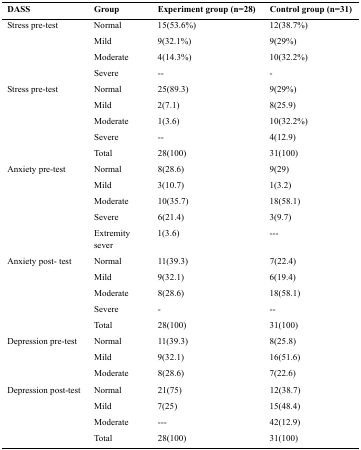
| DASS | Group | Experiment group (n=28) | Control group (n=31) |
 | --- | --- | --- | --- |
 | <ROWSPAN=4> Stress pre-test | Normal | 15(53.6%) | 12(38.7%) |
 | Mild | 9(32.1%) | 9(29%) |
 | Moderate | 4(14.3%) | 10(32.2%) |
 | Severe | -- | - |
 | <ROWSPAN=5> Stress pre-test | Normal | 25(89.3) | 9(29%) |
 | Mild | 2(7.1) | 8(25.9) |
 | Moderate | 1(3.6) | 10(32.2%) |
 | Severe | -- | 4(12.9) |
 | Total | 28(100) | 31(100) |
 | <ROWSPAN=5> Anxiety pre-test | Normal | 8(28.6) | 9(29) |
 | Mild | 3(10.7) | 1(3.2) |
 | Moderate | 10(35.7) | 18(58.1) |
 | Severe | 6(21.4) | 3(9.7) |
 | Extremity sever | 1(3.6) | --- |
 | <ROWSPAN=5> Anxiety post- test | Normal | 11(39.3) | 7(22.4) |
 | Mild | 9(32.1) | 6(19.4) |
 | Moderate | 8(28.6) | 18(58.1) |
 | Severe | - | -- |
 | Total | 28(100) | 31(100) |
 | <ROWSPAN=3> Depression pre-test | Normal | 11(39.3) | 8(25.8) |
 | Mild | 9(32.1) | 16(51.6) |
 | Moderate | 8(28.6) | 7(22.6) |
 | <ROWSPAN=4> Depression post-test | Normal | 21(75) | 12(38.7) |
 | Mild | 7(25) | 15(48.4) |
 | Moderate | --- | 42(12.9) |
 | Total | 28(100) | 31(100) |